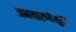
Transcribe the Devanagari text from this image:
अभयारण्येसुद्धा